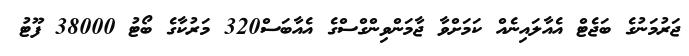
ޖަރުމަނުގެ ބަޖެޓް އެއާލައިނެއް ކަމަށްވާ ޖާމަންވިންގްސްގެ އެއާބަސް320 މަރުކާގެ ބޯޓު 38000 ފޫޓު